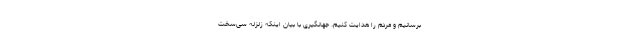
برسانیم و مردم را هدایت کنیم. جهانگیری با بیان اینکه زلزله سی‌سخت